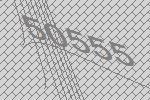
50555